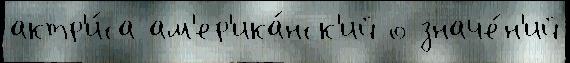
актр'и́са ам'ер'ика́нск'ий о значе́н'ий